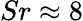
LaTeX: Sr\approx 8